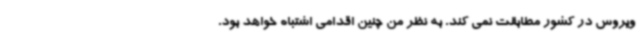
ویروس در کشور مطابقت نمی کند. به نظر من چنین اقدامی اشتباه خواهد بود.